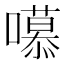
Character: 𭋼